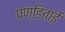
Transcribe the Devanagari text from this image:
पण्डिताई